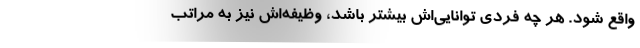
واقع شود. هر چه فردی توانایی‌اش بیشتر باشد، وظیفه‌اش نیز به مراتب